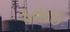
દતાઈ